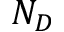
N _ { D }